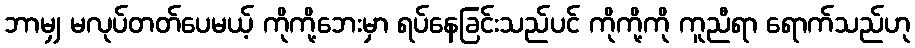
ဘာမျှ မလုပ်တတ်ပေမယ့် ကိုကို့ဘေးမှာ ရပ်နေခြင်းသည်ပင် ကိုကို့ကို ကူညီရာ ရောက်သည်ဟု